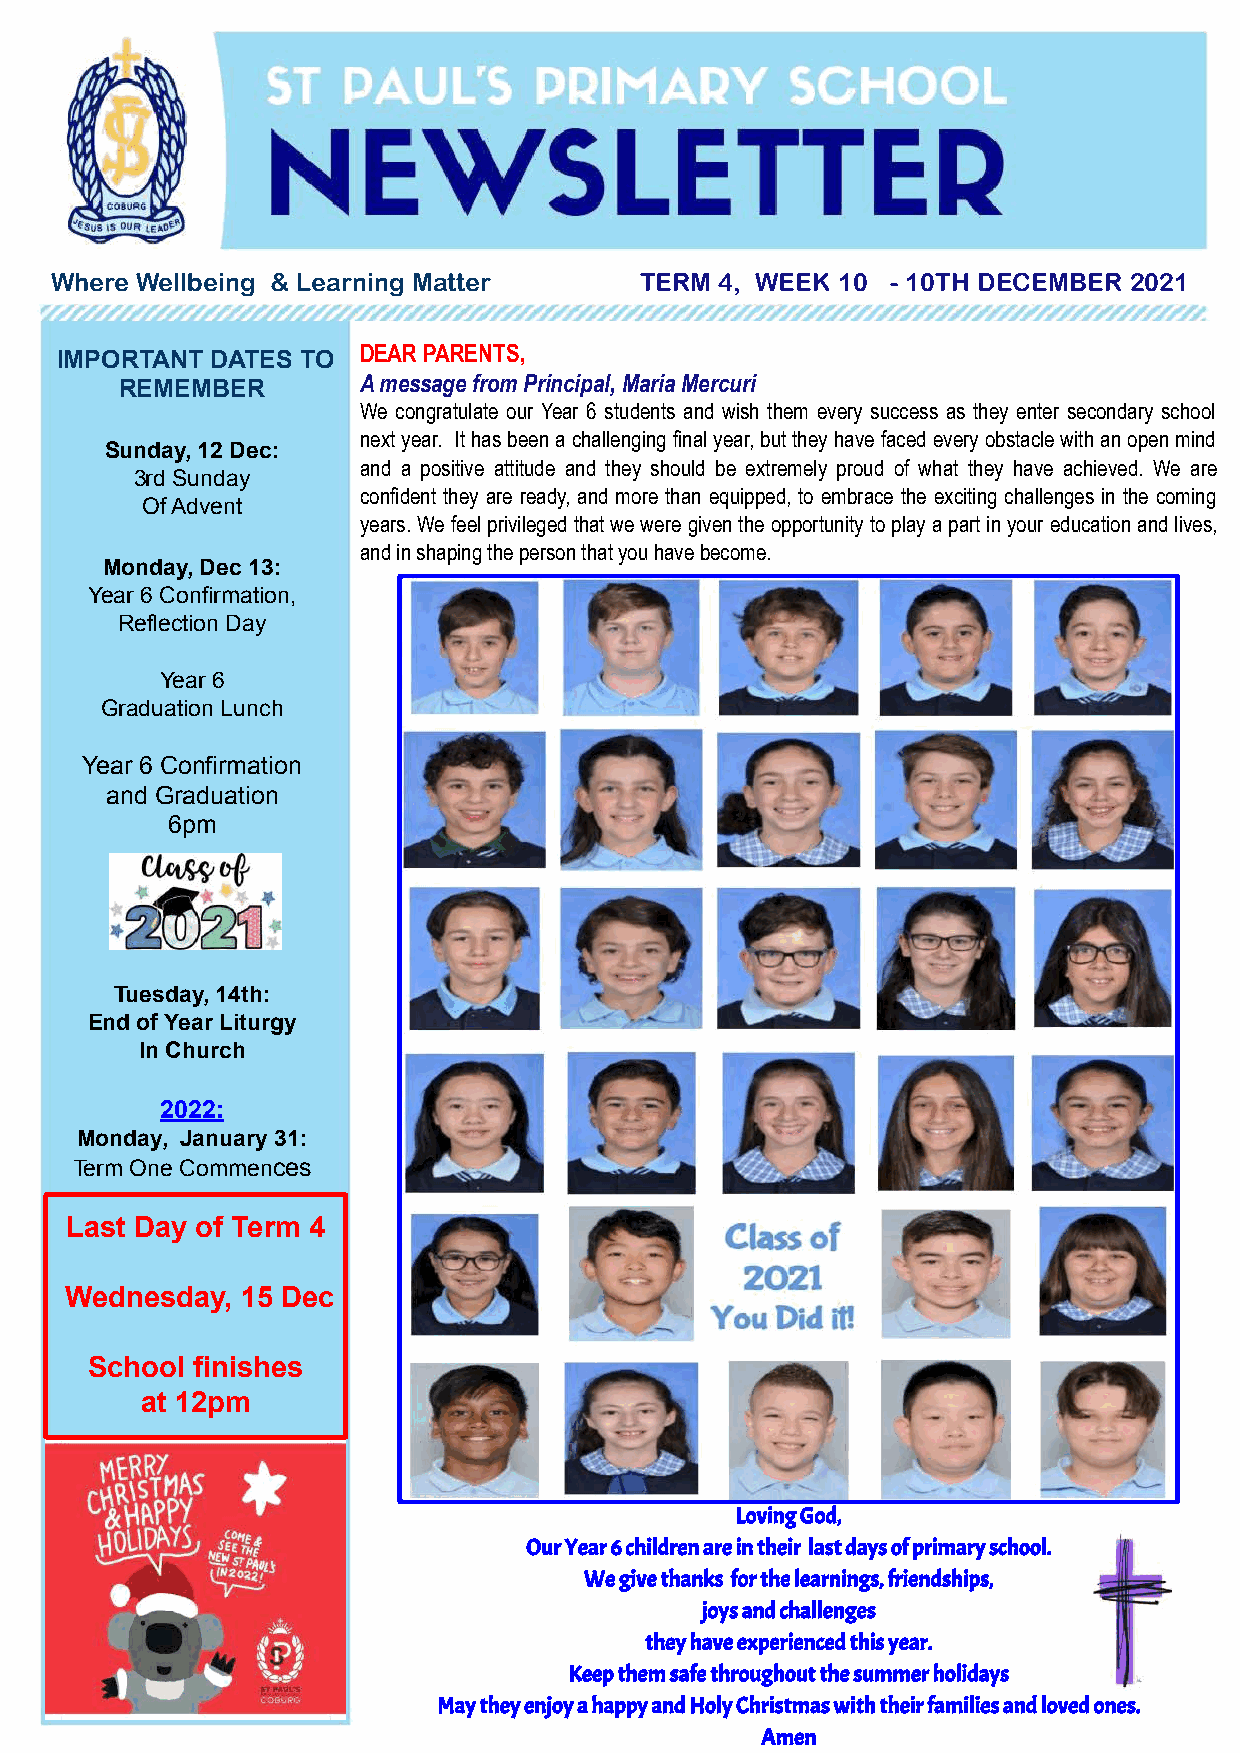
Where Wellbeing & Learning Matter      TERM  4, WEEK 10 - 10TH DECEMBER 2021
 IMPORTANT DATES TO  DEAR PARENTS,
 REMEMBER        A message from Principal, Maria Mercuri
 We congratulate our Year 6 students and wish them every success as they enter secondary school
 next year. It has been a challenging final year, but they have faced every obstacle with an open mind
 Sunday, 12 Dec:
 and a positive attitude and they should be extremely proud of what they have achieved. We are
 3rd Sunday
 confident they are ready, and more than equipped, to embrace the exciting challenges in the coming
 Of Advent
 years. We feel privileged that we were given the opportunity to play a part in your education and lives,
 and in shaping the person that you have become.
 Monday, Dec 13:
 Year 6 Confirmation,
 Reflection Day
 Year 6
 Graduation Lunch
 Year 6 Confirmation
 and Graduation
 6pm
 Tuesday, 14th:
 End of Year Liturgy
 In Church
 2022:
 Monday, January 31:
 Term One Commences
 Last Day of Term 4
 Wednesday,  15 Dec
 School finishes
 at 12pm
 Loving God,
 Our Year 6 children are in their last days of primary school.
 We give thanks for the learnings, friendships,
 joys and challenges
 they have experienced this year.
 Keep them safe throughout the summer holidays
 May they enjoy a happy and Holy Christmas with their families and loved ones.
 Amen